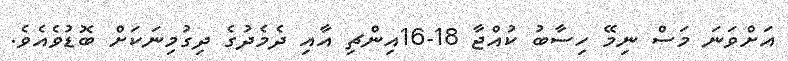
އަށްވަނަ މަސް ނިމޭ ހިސާބު ކުއްޖާ 18-16އިންޗި އާއި ދެމެދުގެ ދިގުމިނަކަށް ބޮޑުވެއެވެ.